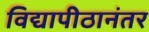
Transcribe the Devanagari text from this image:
विद्यापीठानंतर